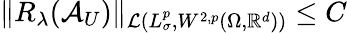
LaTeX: \Vert R_{\lambda}(\mathcal{A}_{U})\Vert_{\mathcal{L}\left(L_{\sigma}^{p},W^{2,p}(\Omega,\mathbb{R}^{d})\right)}\leq C